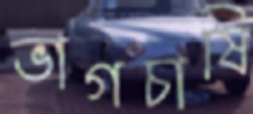
ভাগচাষি